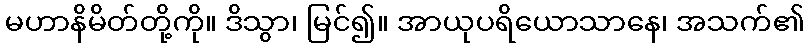
မဟာနိမိတ်တို့ကို။ ဒိသွာ၊ မြင်၍။ အာယုပရိယောသာနေ၊ အသက်၏